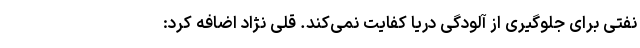
نفتی برای جلوگیری از آلودگی دریا کفایت نمی‌کند. قلی نژاد اضافه کرد: